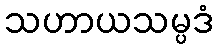
သဟာယသမ္ပဒံ